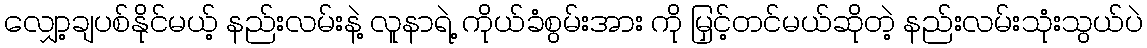
လျှော့ချပစ်နိုင်မယ့် နည်းလမ်းနဲ့ လူနာရဲ့ ကိုယ်ခံစွမ်းအား ကို မြှင့်တင်မယ်ဆိုတဲ့ နည်းလမ်းသုံးသွယ်ပဲ